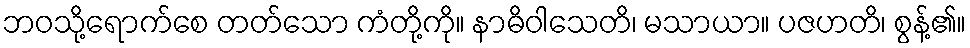
ဘဝသို့ရောက်စေ တတ်သော ကံတို့ကို။ နာဓိဝါသေတိ၊ မသာယာ။ ပဇဟတိ၊ စွန့်၏။